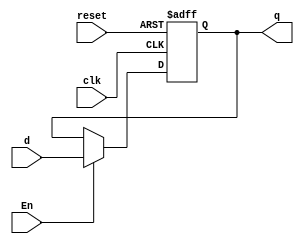
`timescale 1ns / 1ps
//////////////////////////////////////////////////////////////////////////////////
// Company: 
// Engineer: 
// 
// Design Name: 
// Module Name: DFF_AsynReset
// Project Name: 
// Target Devices: 
// Tool Versions: 
// Description: 
// 
// Dependencies: 
// 
// Revision:
// Revision 0.01 - File Created
// Additional Comments:
// 
//////////////////////////////////////////////////////////////////////////////////
module DFF_AsynReset_Synch_En(q, d, clk, reset, En);
input clk, d, reset, En;
output reg q;

always@(posedge clk, posedge reset)
begin
    if (reset)
        q <= 0;
    else if (En)
        q <= d;
        else 
        q <= q;
end 

endmodule


//module TB;
//reg clk, d, reset, En;
//wire q;

//DFF_AsynReset_Synch_En DFF0(q, d, clk, reset, En);

//initial
//clk = 0;
//always
//#10 clk = ~ clk;

//initial
//begin
////// Enable deasserted
//    @(negedge clk);
//    d = 1; En = 1;
//    @(negedge clk) ;
//    d = 0; En = 1;
////// Enable Asserted    
//    @(negedge clk);
//    d = 1; En = 0;
//    @(negedge clk) ;
//    d = 0; En = 0;
    
////// Reset Asserted    
//    @(negedge clk);
//    reset = 1;
    
//    repeat(3) @(negedge clk);
//    $finish;
    
//end 

//endmodule